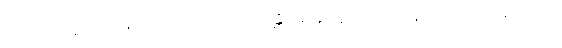
ထိုအရဟတ္တဖလသမာပတ်ဉာဏ်ဖြင့်။ ဝိဟရန္တိ၊ အထူးထူး သော ဆန့်ကျင်ဘက်တရားတို့ကို